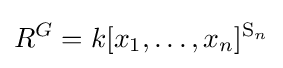
R^{G}=k[x_{1},\dots ,x_{n}]^{\operatorname {S} _{n}}